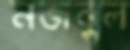
নজবুল